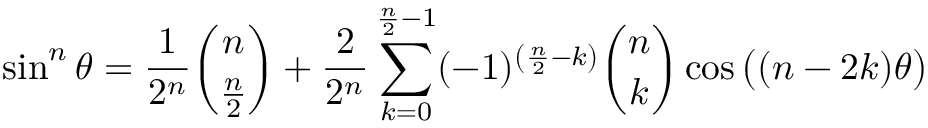
\sin ^ { n } \theta = { \frac { 1 } { 2 ^ { n } } } { \binom { n } { \frac { n } { 2 } } } + { \frac { 2 } { 2 ^ { n } } } \sum _ { k = 0 } ^ { { \frac { n } { 2 } } - 1 } ( - 1 ) ^ { \left( { \frac { n } { 2 } } - k \right) } { \binom { n } { k } } \cos { { \big ( } ( n - 2 k ) \theta { \big ) } }